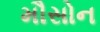
મૌસોન